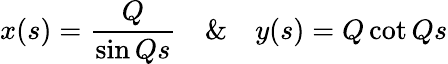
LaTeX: x(s)=\frac{Q}{\sin Qs}\ \ \ \ \& \ \ \ \ y(s)=Q\cot Qs